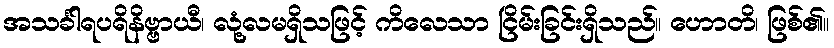
အသင်္ခါရပရိနိဗ္ဗာယီ၊ လုံ့လမရှိသဖြင့် ကိလေသာ ငြိမ်းခြင်းရှိသည်။ ဟောတိ၊ ဖြစ်၏။